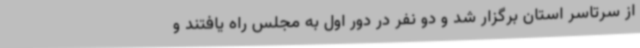
از سرتاسر استان برگزار شد و دو نفر در دور اول به مجلس راه یافتند و